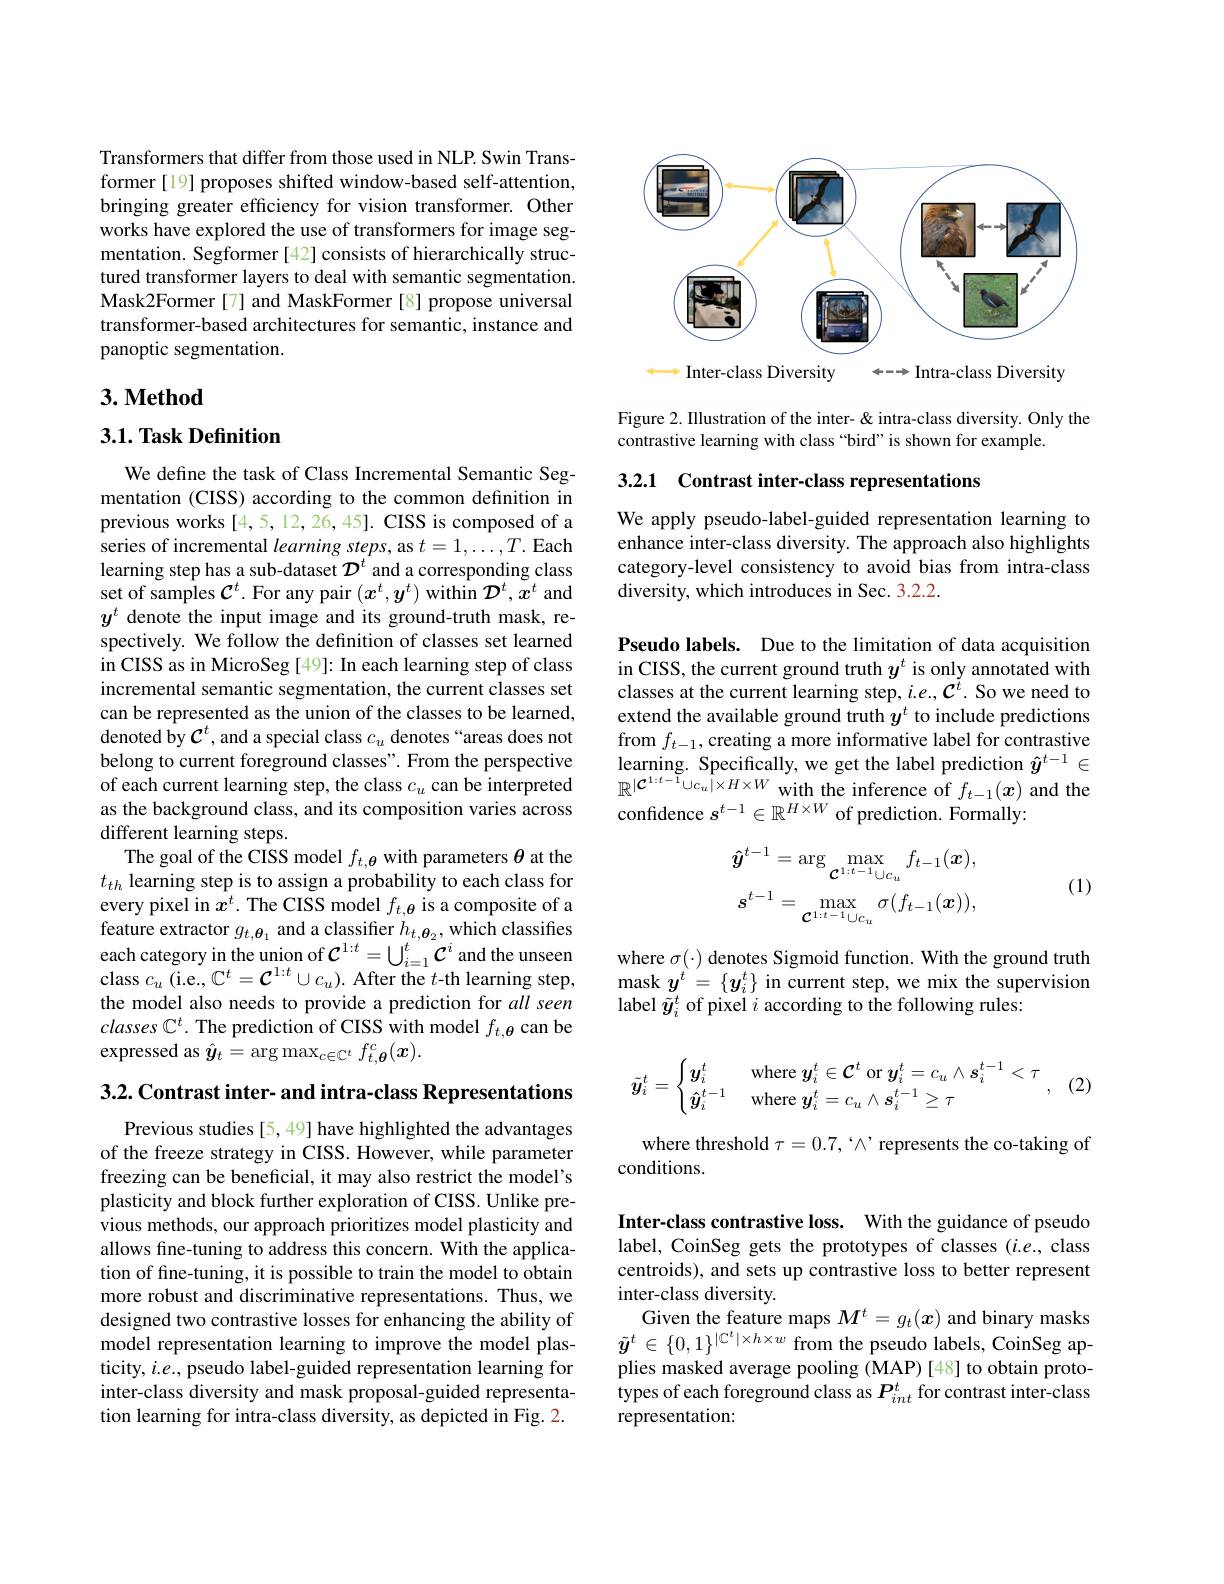
Transformers that differ from those used in NLP. Swin Transformer [19] proposes shifted window-based self-attention, bringing greater efficiency for vision transformer. Other works have explored the use of transformers for image segmentation. Segformer[42] consists of hierarchically structured transformer layers to deal with semantic segmentation. Mask2Former[7] and MaskFormer[8] propose universal transformer-based architectures for semantic, instance and panoptic segmentation.

## 3. Method

## 3.1. Task Definition

We define the task of Class Incremental Semantic Segmentation (CISS) according to the common definition in previous works [4,5,12,26,45]. CISS is composed of a series of incremental learning steps, as $t=1,\ldots,T.$ Each learning step has a sub-dataset $\mathcal{D}^t$ and a corresponding class set of samples $\mathcal{C}^t.$ For any pair $(x^t,y^t)$ within $\mathcal{D}^t,x^t$ and $y^t$ denote the input image and its ground-truth mask, respectively. We follow the defnition of classes set learned in CISS as in MicroSeg [49]: In each learning step of class incremental semantic segmentation, the current classes set can be represented as the union of the classes to be learned, denoted by $\mathcal{C}^t$ , and a special class $c_u$ denotes “areas does not belong to current foreground classes". From the perspective of each current learning step, the class $c_u$ can be interpreted as the background class, and its composition varies across different learning steps.
The goal of the CISS model $f_t,\boldsymbol{\theta}$ with parameters $\theta$ at the $t_{th}$ learning step is to assign a probability to each class for every pixel in $\hat{x^t}.$ The CISS model $f_t,\boldsymbol{\theta}$ is a composite of a feature extractor $g_{t,\boldsymbol{\theta}_1}$ and a classifier $h_t,\boldsymbol{\theta}_2$, which classifies $\begin{array}{l}{\mathrm{each~category~in~the~union~of~}\mathcal{C}^{1:t}=\bigcup_{i=1}^{t}\mathcal{C}^{i}\mathrm{~and~the~unseen}}\\{\mathrm{class~}c_{u}\mathrm{~(i.e.,~C^{t}=\mathcal{C}^{1:t}\cup c_{u}).~After~the~t-th~learning~step,}}\end{array}$ the model also needs to provide a prediction for all seen $classes\mathbb{C}^t.$ The prediction of CISS with model $f_t,\boldsymbol{\theta}$ can be expressed as $\hat{y}_t=\arg\max_{c\in\mathbb{C}^t}f_{t,\boldsymbol{\theta}}^c(\boldsymbol{x}).$

3.2. Contrast inter- and intra-class Representations

Previous studies [5,49] have highlighted the advantages of the freeze strategy in CISS. However, while parameter freezing can be beneficial, it may also restrict the model's plasticity and block further exploration of CISS. Unlike previous methods, our approach prioritizes model plasticity and allows fine-tuning to address this concern. With the application of fine-tuning, it is possible to train the model to obtain more robust and discriminative representations. Thus, we designed two contrastive losses for enhancing the ability of model representation learning to improve the model plasticity, $i.e.$, pseudo label-guided representation learning for inter-class diversity and mask proposal-guided representation learning for intra-class diversity, as depicted in Fig. 2.

<FigureHere>

Figure 2. Illustration of the inter- & intra-class diversity. Only the
contrastive learning with class “bird”is shown for example.

3.2.1 Contrast inter-class representations

We apply pseudo-label-guided representation learning to enhance inter-class diversity. The approach also highlights category-level consistency to avoid bias from intra-class diversity, which introduces in Sec. 3.2.2.

Pseudo labels. Due to the limitation of data acquisition in CISS, the current ground truth $y^t$ is only annotated with classes at the current learning step, $i.e.,\mathcal{C}^{i}.$ So we need to extend the available ground truth $y^t$ to include predictions from $f_{t-1}$,creating a more informative label for contrastive learning. Specifically, we get the label prediction $\hat{y}^{t-1}\in$ $\mathbb{R}^{|\mathcal{C}^{1:t-1}\cup c_u|\times H\times W\text{ with the inference of }f_{t-1}(x)}$ and the confidence $s^{t-1}\in\mathbb{R}^{H\times W}$ of prediction. Formally:
$$\hat{\boldsymbol{y}}^{t-1}=\arg\max_{\mathcal{C}^{1:t-1}\cup c_{u}}f_{t-1}(\boldsymbol{x}),\\s^{t-1}=\max_{\mathcal{C}^{1:t-1}\cup c_{u}}\sigma(f_{t-1}(\boldsymbol{x})),$$
(1)

where $\sigma(\cdot)$ denotes Sigmoid function. With the ground truth $\begin{array}{l}\mathrm{mask~}y^{t}=\{y_{i}^{t}\}&\mathrm{in~current~step,~we~mix~the~supervisior}\\\mathrm{label~}\tilde{y}_{i}^{t}&\mathrm{of~pixel~}i\text{ according to the following rules:}\end{array}$

(2
$$\tilde{\boldsymbol{y}}_i^t=\begin{cases}\boldsymbol{y}_i^t&\text{where}\boldsymbol{y}_i^t\in\mathcal{C}^t\text{or}\boldsymbol{y}_i^t=c_u\wedge\boldsymbol{s}_i^{t-1}<\tau\\\hat{\boldsymbol{y}}_i^{t-1}&\text{where}\boldsymbol{y}_i^t=c_u\wedge\boldsymbol{s}_i^{t-1}\ge\tau\end{cases},$$
where threshold $\tau=0.7,`\wedge`$ represents the co-taking of
conditions.

Inter-class contrastive loss. With the guidance of pseudo label, CoinSeg gets the prototypes of classes (i.e., class centroids), and sets up contrastive loss to better represent inter-class diversity.
Given the feature maps $M^t=g_t(\boldsymbol{x})$ and binary masks$\tilde{\boldsymbol{y}}^t\in\{0,1\}^{|\mathbb{C}^t|\times h\times w}$ from the pseudo labels, CoinSeg applies masked average pooling (MAP) [48] to obtain prototypes of each foreground class as $P_int^t$ for contrast inter-class representation: